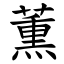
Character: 薫